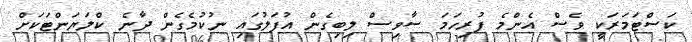
ކަސްޓަމަރަކީ ވެސް އެންމެ ފުރިހަމަ ސާވިސް ލިބިގެން އުފަލުގައި ނުކުމެގެން ދާނެ ކްލަޔަންޓަކަށް